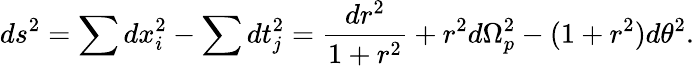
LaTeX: ds^{2}=\sum dx_{i}^{2}-\sum dt_{j}^{2}=\frac{dr^{2}}{1+r^{2}}+r^{2}d\Omega_{p}^{2}-(1+r^{2})d\theta^{2}.